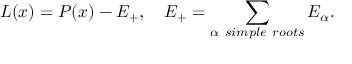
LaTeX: L ( x ) = P ( x ) - { \cal E } _ { + } , \quad { \cal E } _ { + } = \sum _ { \alpha \ s i m p l e \ r o o t s } E _ { \alpha } .